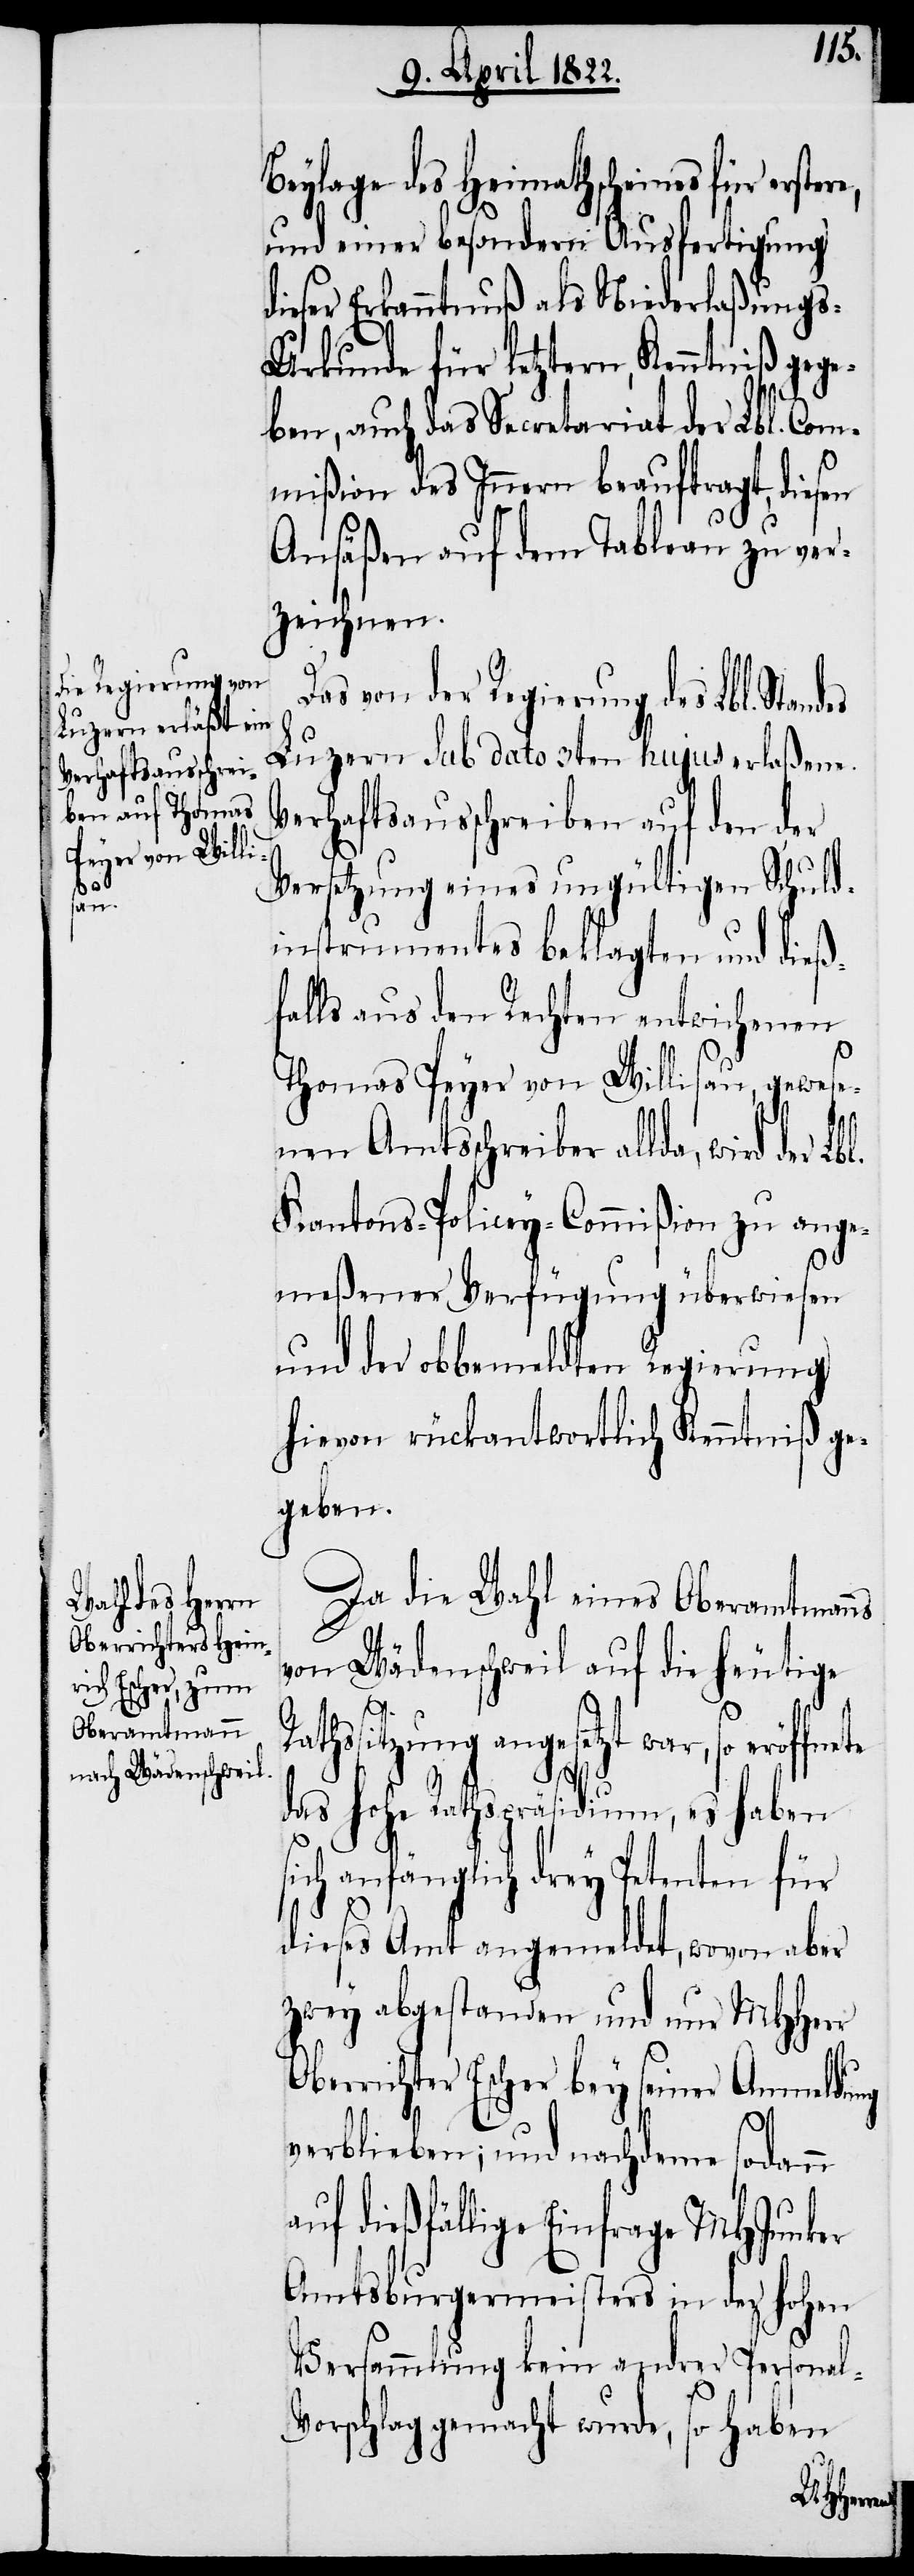
Beylage des Heimathscheins für er¬
und einer besondern Ausfertigung
dieser Erkanntnuß als Niederlaßung¬
s-Urkunde für letztern, Kenntniß gege¬
ben, auch das Secretariat der Lbl. Com¬
mißion des Innern beauftragt, diesen
Ansäßen auf dem Tableau zu ver¬
zeichnen.
Das von der Regierung des Lbl. Stan¬
Luzern sub dato 3ten hujus erlaßene
Verhaftsausschreiben auf den der
Versetzung eines ungültigen Schuld¬
instrumentes beklagten und dieß¬
falls aus den Rechten entwichenen
des
Thomas Peyer von Willisau, gewes¬
enen Amtsschreiber allda, wird der
Kantons-Policey-Commißion zu ange¬
meßener Verfügung überwiesen.
und der obbemeldten Regierung
hievon rückantwortlich Kenntniß ge¬
geben.
Da die Wahl eines Oberamtmanns
von Wädenschweil auf die heutige
l-V¬
hssitzung angesetzt war, so eröffn¬
das hohe Rathspräsidium, es haben
ich anfänglich drey Petenten für
dieses Amt angemeldet, wovon aber
zwey abgestanden und nur MHHerr
berrichter Escher bey seiner Anmeldung
O¬
verblieben; und nachdeme sodann
auf dießfällige Einfrage MHJunker
Amtsburgermeisters in der hohen
Versammlung kein andrer Persona¬
orschlag gemacht wurde, so haben
stere,